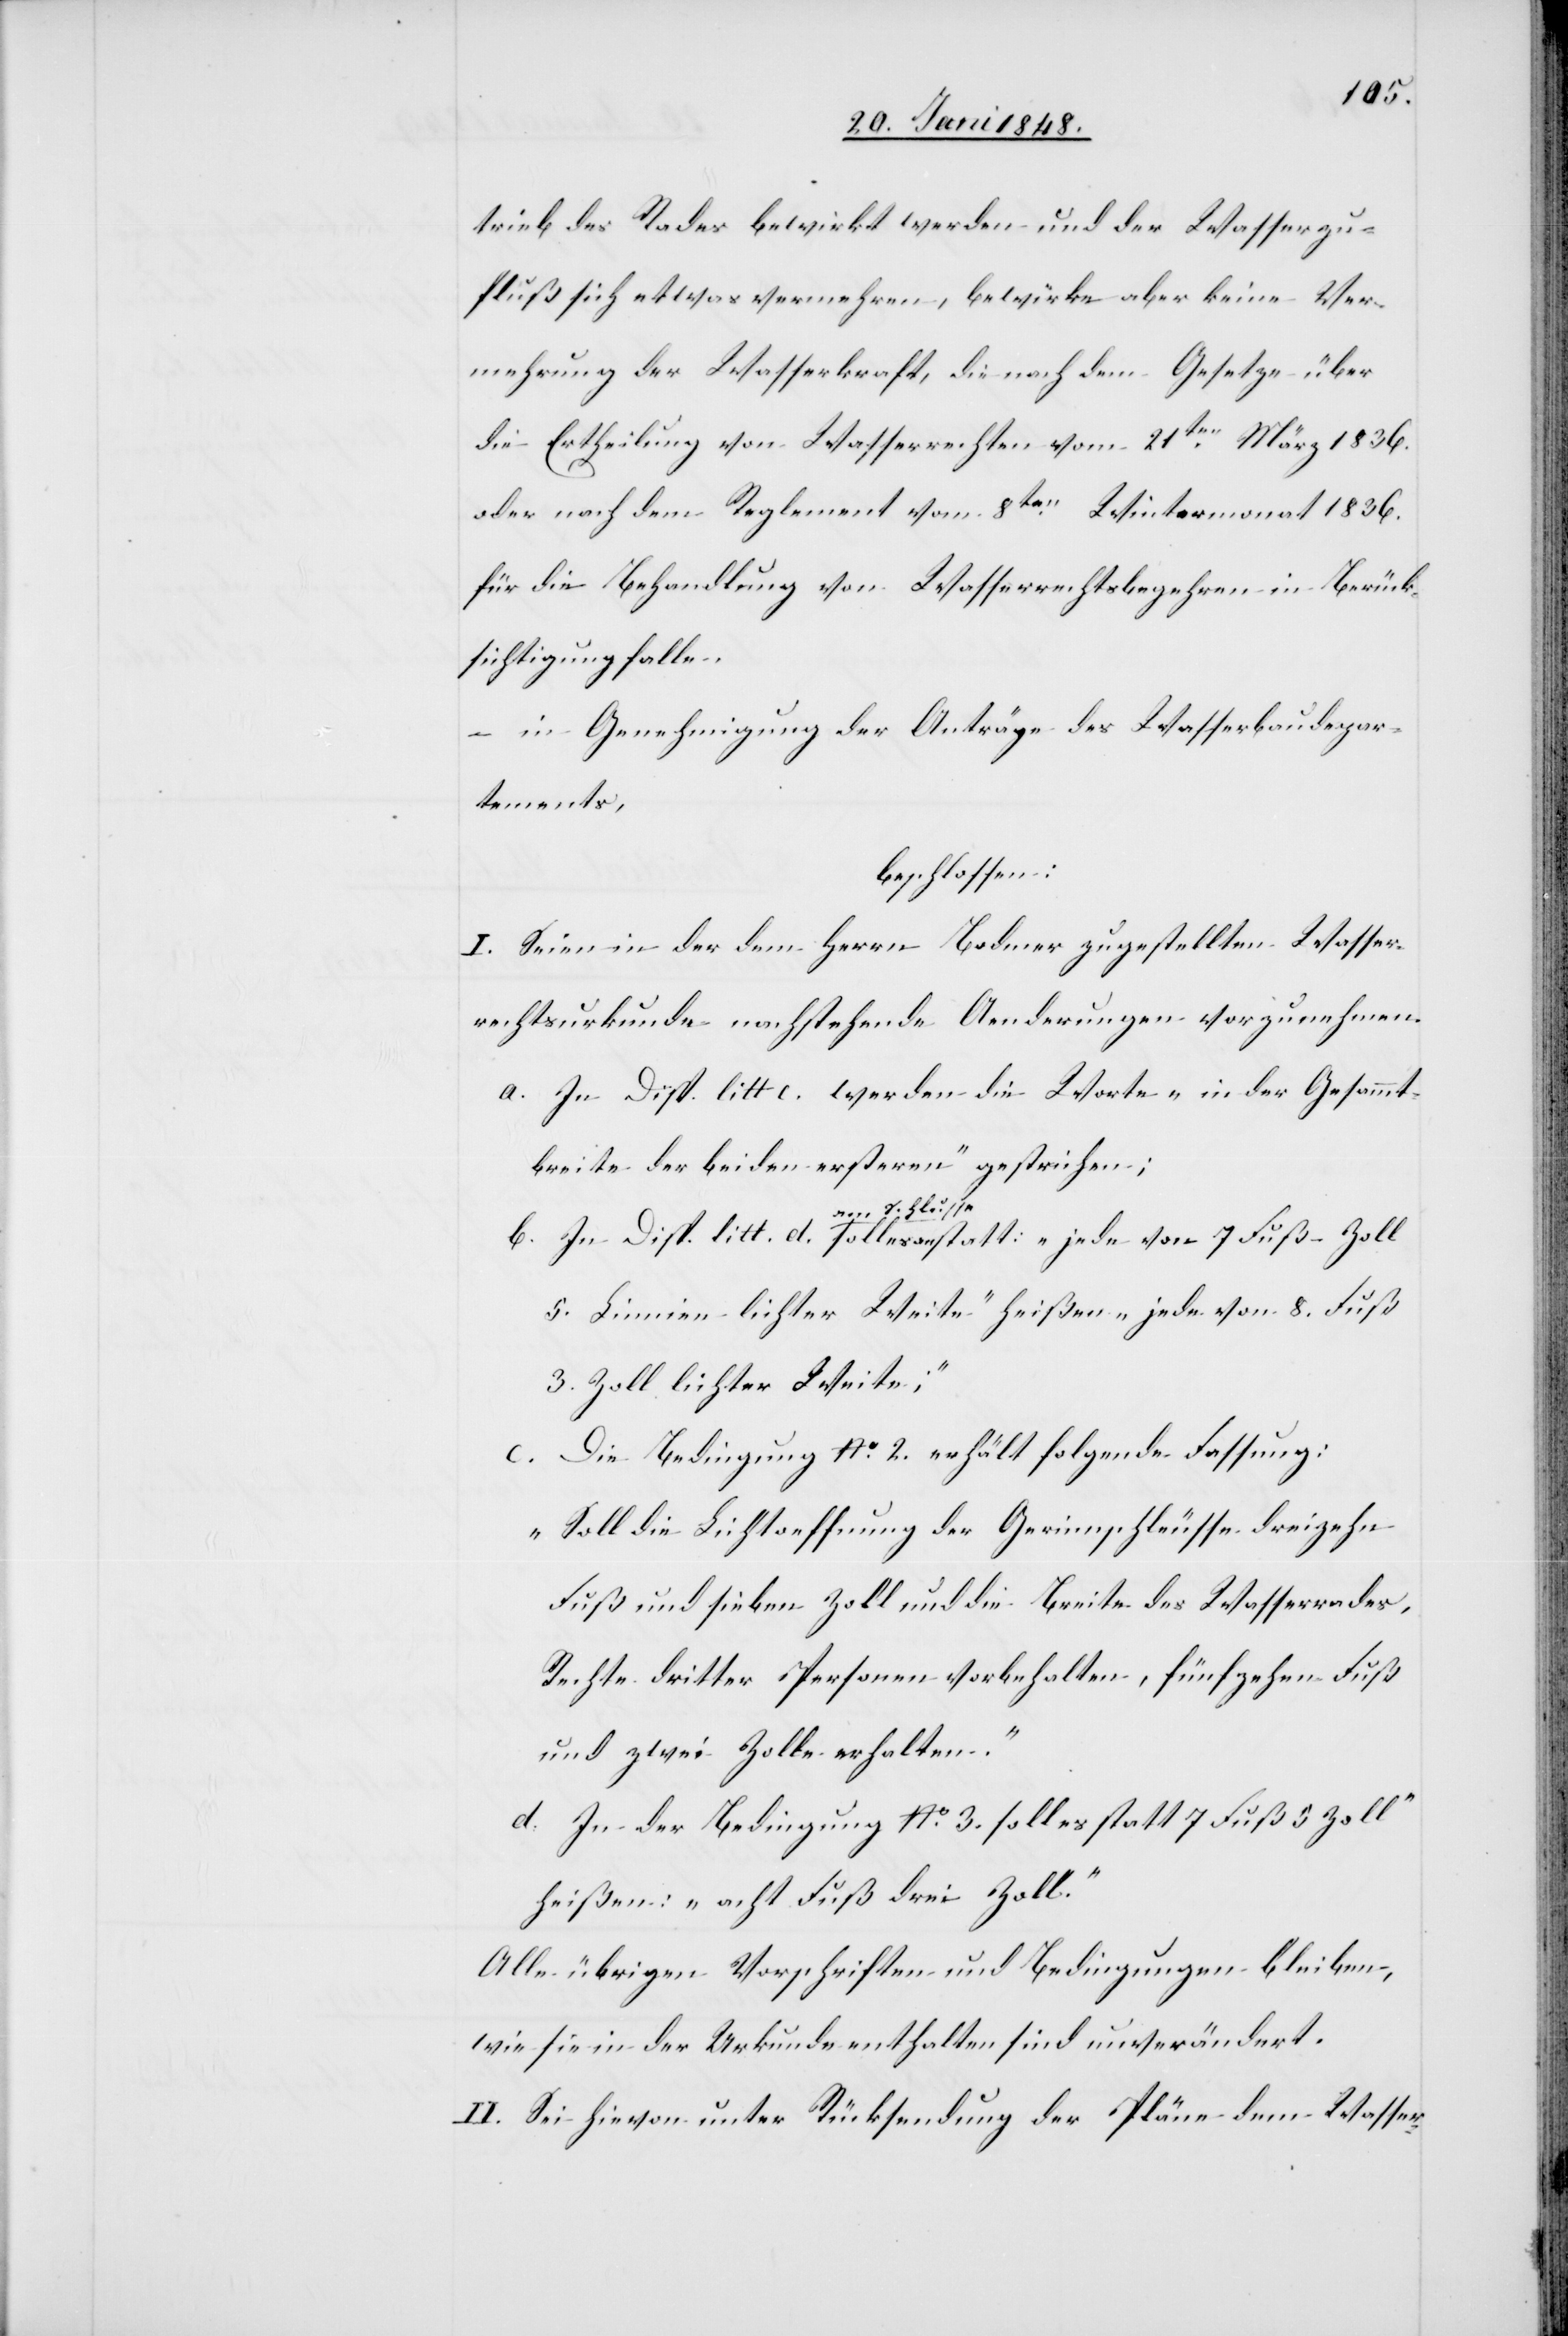
trieb des Rades bewirkt werden und der Wasserzu¬
fluß sich etwas vermehren, bewirke aber keine Ver¬
mehrung der Wasserkraft, die nach dem Gesetze über
die Ertheilung von Wasserrechten vom 21ten. März 1836.
oder nach dem Reglement vom 8ten. Wintermonat 1836.
für die Behandlung von Wasserrechtsbegehren in Berück¬
sichtigung fallen
– in Genehmigung der Anträge des Wasserbaudepar¬
tements,
beschlossen:
I. Seien in der dem Herrn Bodmer zugestellten Wasser¬
rechtsurkunde nachstehende Aenderungen vorzunehmen.
a. In Disp. litt c. werden die Worte „in der Gesamm¬
breite der beiden ersteren“ gestrichen;
am Schlusse
5. Linien lichter Weite“ heißen „jede von 8. Fuß
3. Zoll lichter Weite;“
Die Bedingung No. 2. erhält folgende Fassung:
d.
„Soll die Lichtoeffnung der Gerinnschleusse dreizehn
Fuß und sieben Zoll und die Breite des Wasserrades,
Rechte dritter Personen vorbehalten, fünfzehen Fuß
–
und zwei Zolle erhalten.“
d. In der Bedingung No. 3. soll es statt [„]7 Fuß 5 Zoll“
heißen: „acht Fuß drei Zoll.“
Alle übrigen Vorschriften und Bedingungen bleiben,
wie sie in der Urkunde enthalten sind unverändert.
II. Sei hievon unter Rücksendung der Pläne dem Wasser-